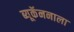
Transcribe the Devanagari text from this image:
ब्यूकॅननाला